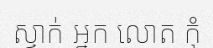
ស្ទាក់ អ្នក លោត កុំ